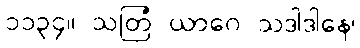
၁၁၃၄။ သတြံ ယာဂေ သဒါဒါနေ၊